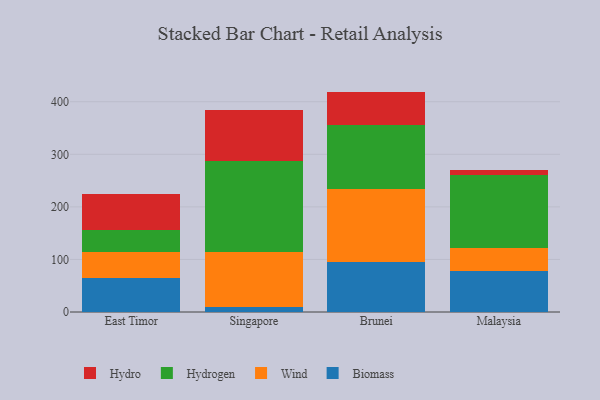
{"axis": {"x": "Country", "y": "Satisfaction Score"}, "legend": ["Biomass", "Hydro", "Hydrogen", "Wind"], "data": [{"x": "East Timor", "y": 64.3, "type": "Biomass"}, {"x": "East Timor", "y": 49.8, "type": "Wind"}, {"x": "East Timor", "y": 41.7, "type": "Hydrogen"}, {"x": "East Timor", "y": 68.4, "type": "Hydro"}, {"x": "Singapore", "y": 10.0, "type": "Biomass"}, {"x": "Singapore", "y": 104.9, "type": "Wind"}, {"x": "Singapore", "y": 172.2, "type": "Hydrogen"}, {"x": "Singapore", "y": 98.0, "type": "Hydro"}, {"x": "Brunei", "y": 95.8, "type": "Biomass"}, {"x": "Brunei", "y": 138.5, "type": "Wind"}, {"x": "Brunei", "y": 121.4, "type": "Hydrogen"}, {"x": "Brunei", "y": 63.6, "type": "Hydro"}, {"x": "Malaysia", "y": 78.6, "type": "Biomass"}, {"x": "Malaysia", "y": 42.8, "type": "Wind"}, {"x": "Malaysia", "y": 138.8, "type": "Hydrogen"}, {"x": "Malaysia", "y": 10.7, "type": "Hydro"}]}